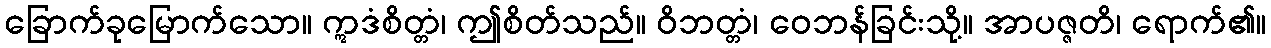
ခြောက်ခုမြောက်သော။ ဣဒံစိတ္တံ၊ ဤစိတ်သည်။ ဝိဘတ္တံ၊ ဝေဘန်ခြင်းသို့။ အာပဇ္ဇတိ၊ ရောက်၏။